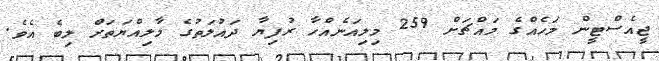
ޖީއެސްޓީން މަހެއްގެ މައްޗަށް 259 މިލިއަނެއްހާ ރުފިޔާ ދައުލަތުގެ މާލިއްޔަތަށް ލިބެ އެވެ.